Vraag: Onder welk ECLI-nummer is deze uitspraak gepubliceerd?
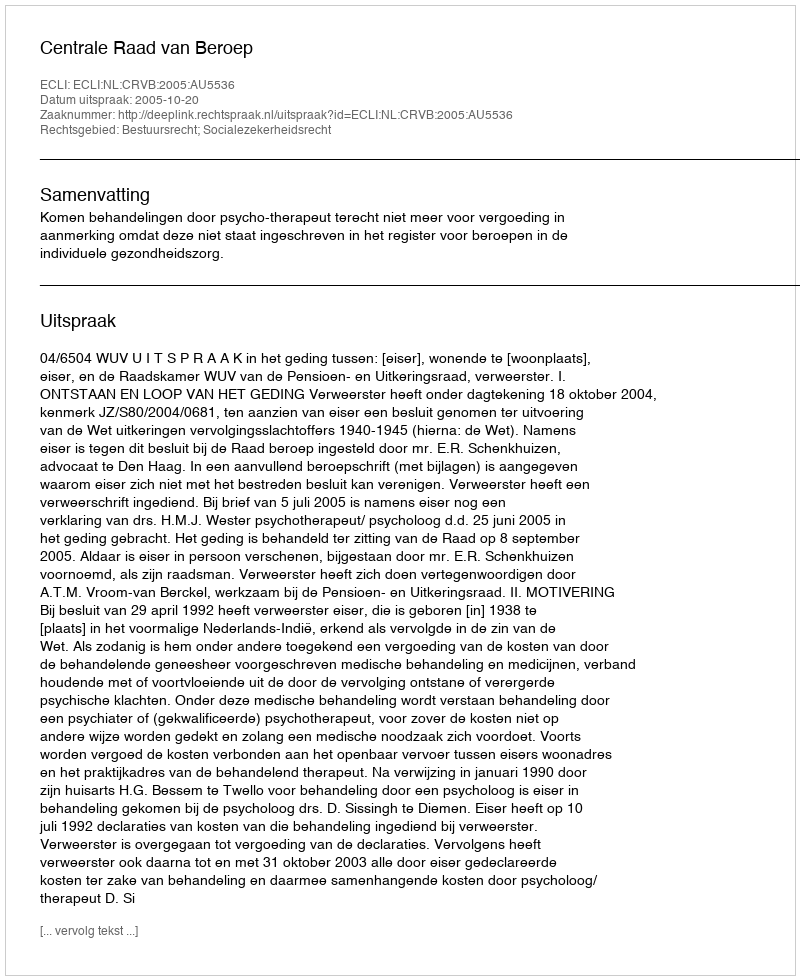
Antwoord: ECLI:NL:CRVB:2005:AU5536